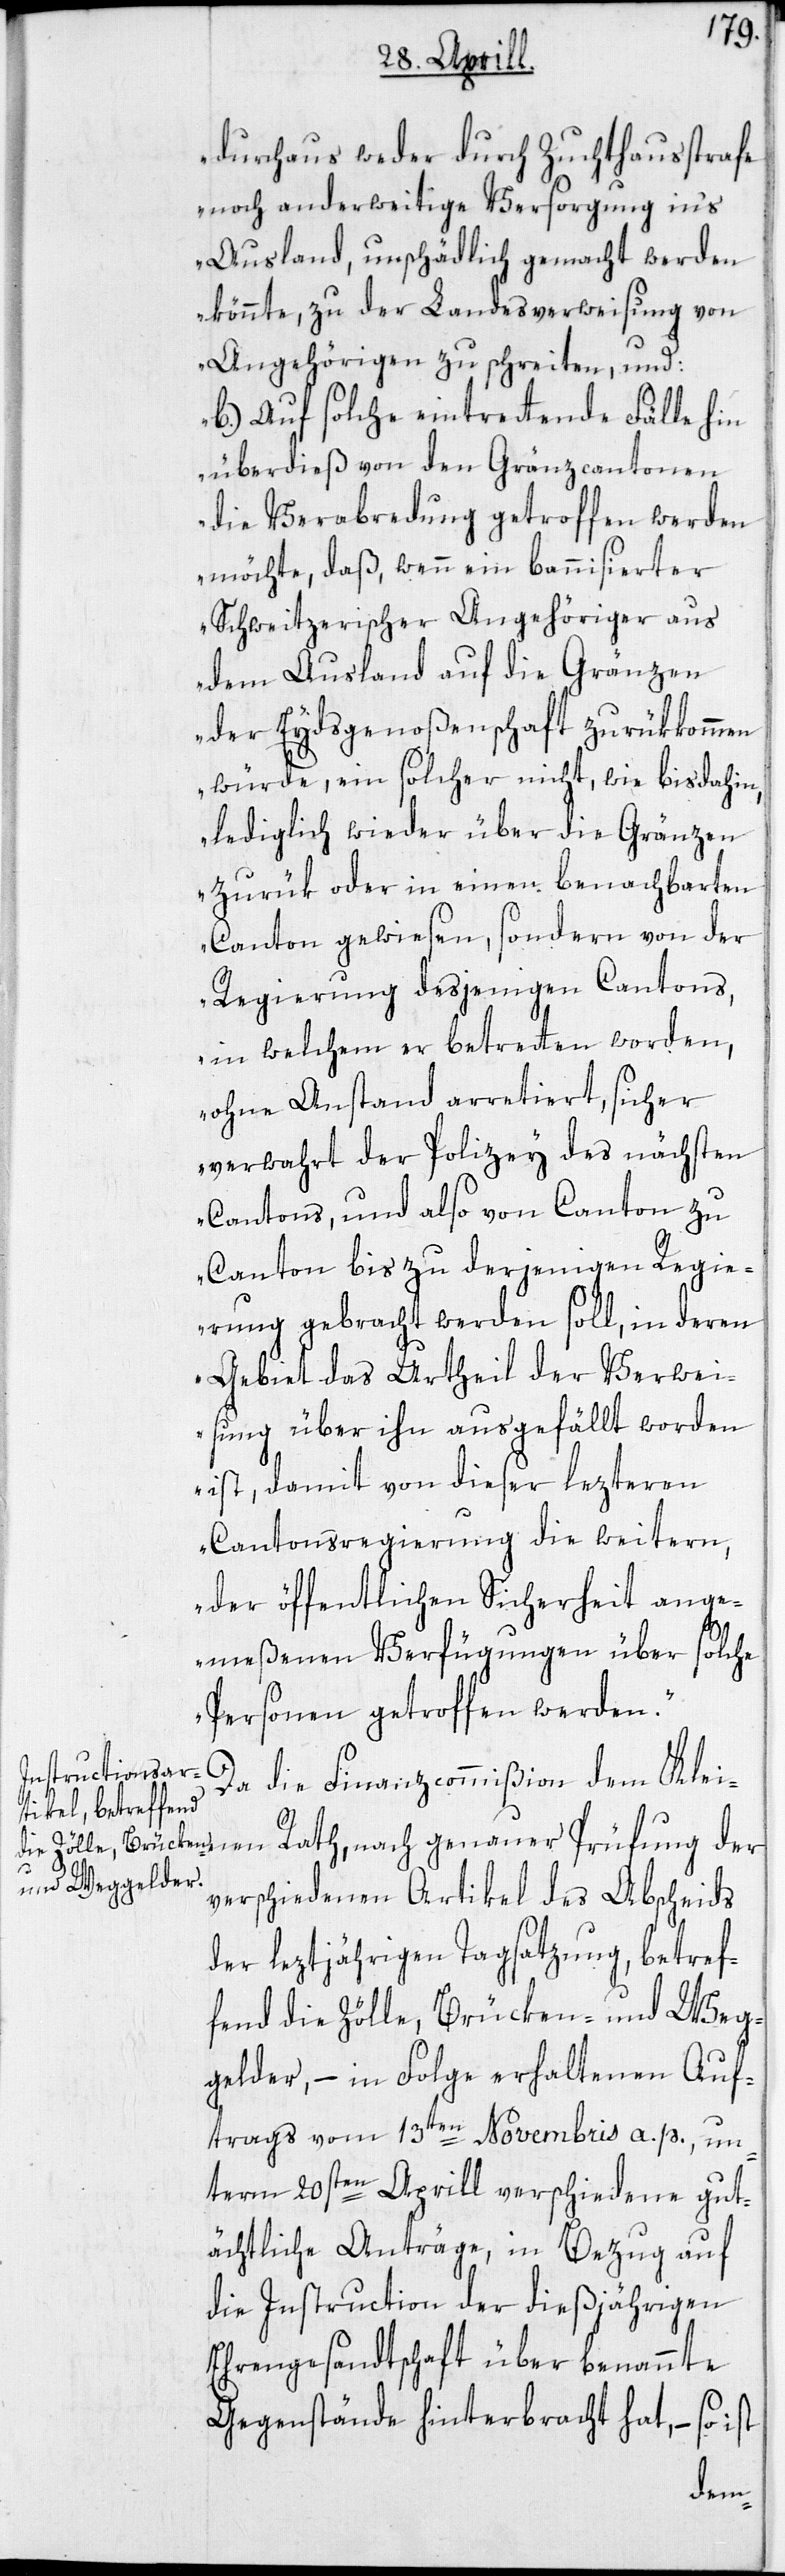
durchaus weder durch Zuchthausstrafe
noch anderweitige Versorgung in’s
Ausland, unschädlich gemacht werden
könnte, zu der Landesverweisung von
Angehörigen zu schreiten, und:
b.) Auf solche eintrettende Fälle hin
überdieß von den Gränzcantonen
die Verabredung getroffen werden
möchte, daß, wenn ein bannisierter
Schweitzerischer Angehöriger aus
dem Ausland auf die Gränzen
der Eydsgenoßenschaft zurükkommen
würde, ein solcher nicht, wie bisdahin,
lediglich wieder über die Gränzen
zurük oder in einen benachbarten
Canton gewiesen, sondern von der
Regierung desjenigen Cantons,
in welchem er betretten worden,
ohne Anstand arretiert, sicher
verwahrt der Polizey des nächsten
Cantons, und also von Canton zu
Canton bis zu derjenigen Regie¬
rung gebracht werden soll, in deren
Gebiet das Urtheil der Verwei¬
sung über ihn ausgefällt worden
ist, damit von dieser lezteren
Cantonsregierung die weitern,
der öffentlichen Sicherheit ange¬
meßenen Verfügungen über solche
Personen getroffen werden.“
Da die Finanzcommißion dem Klei¬
nen Rath, nach genauer Prüfung der
verschiedenen Artikel der Abscheids
der leztjährigen Tagsatzung, betref¬
fend die Zölle, Brücken- und Weg¬
gelder, – in Folge erhaltenen Auf¬
trags vom 13ten Novembris a. p., un¬
term 20sten Aprill verschiedene gut¬
ächtliche Anträge, in Bezug auf
die Instruction der dießjährigen
Ehengesandtschaft über benannte
Gegenstände hinterbracht hat, – so ist